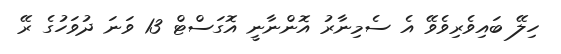
ހިލޭ ބައިވެރިވެވޭ އެ ސެމިނާރު އޮންނާނީ އޮގަސްޓް 13 ވަނަ ދުވަހުގެ ރޭ